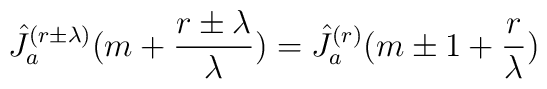
\hat{J}_a^{(r\pm\lambda)}(m+\frac{r\pm\lambda}{\lambda})=\hat{J}_a^{(r)}(m\pm 1+\frac{r}{\lambda})